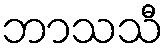
ဘာသသီ